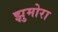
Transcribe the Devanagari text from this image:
झुमोरा